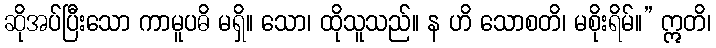
ဆိုအပ်ပြီးသော ကာမူပဓိ မရှိ။ သော၊ ထိုသူသည်။ န ဟိ သောစတိ၊ မစိုးရိမ်။” ဣတိ၊